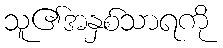
သူ၏အနှစ်သာရကို